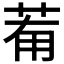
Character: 𦯞